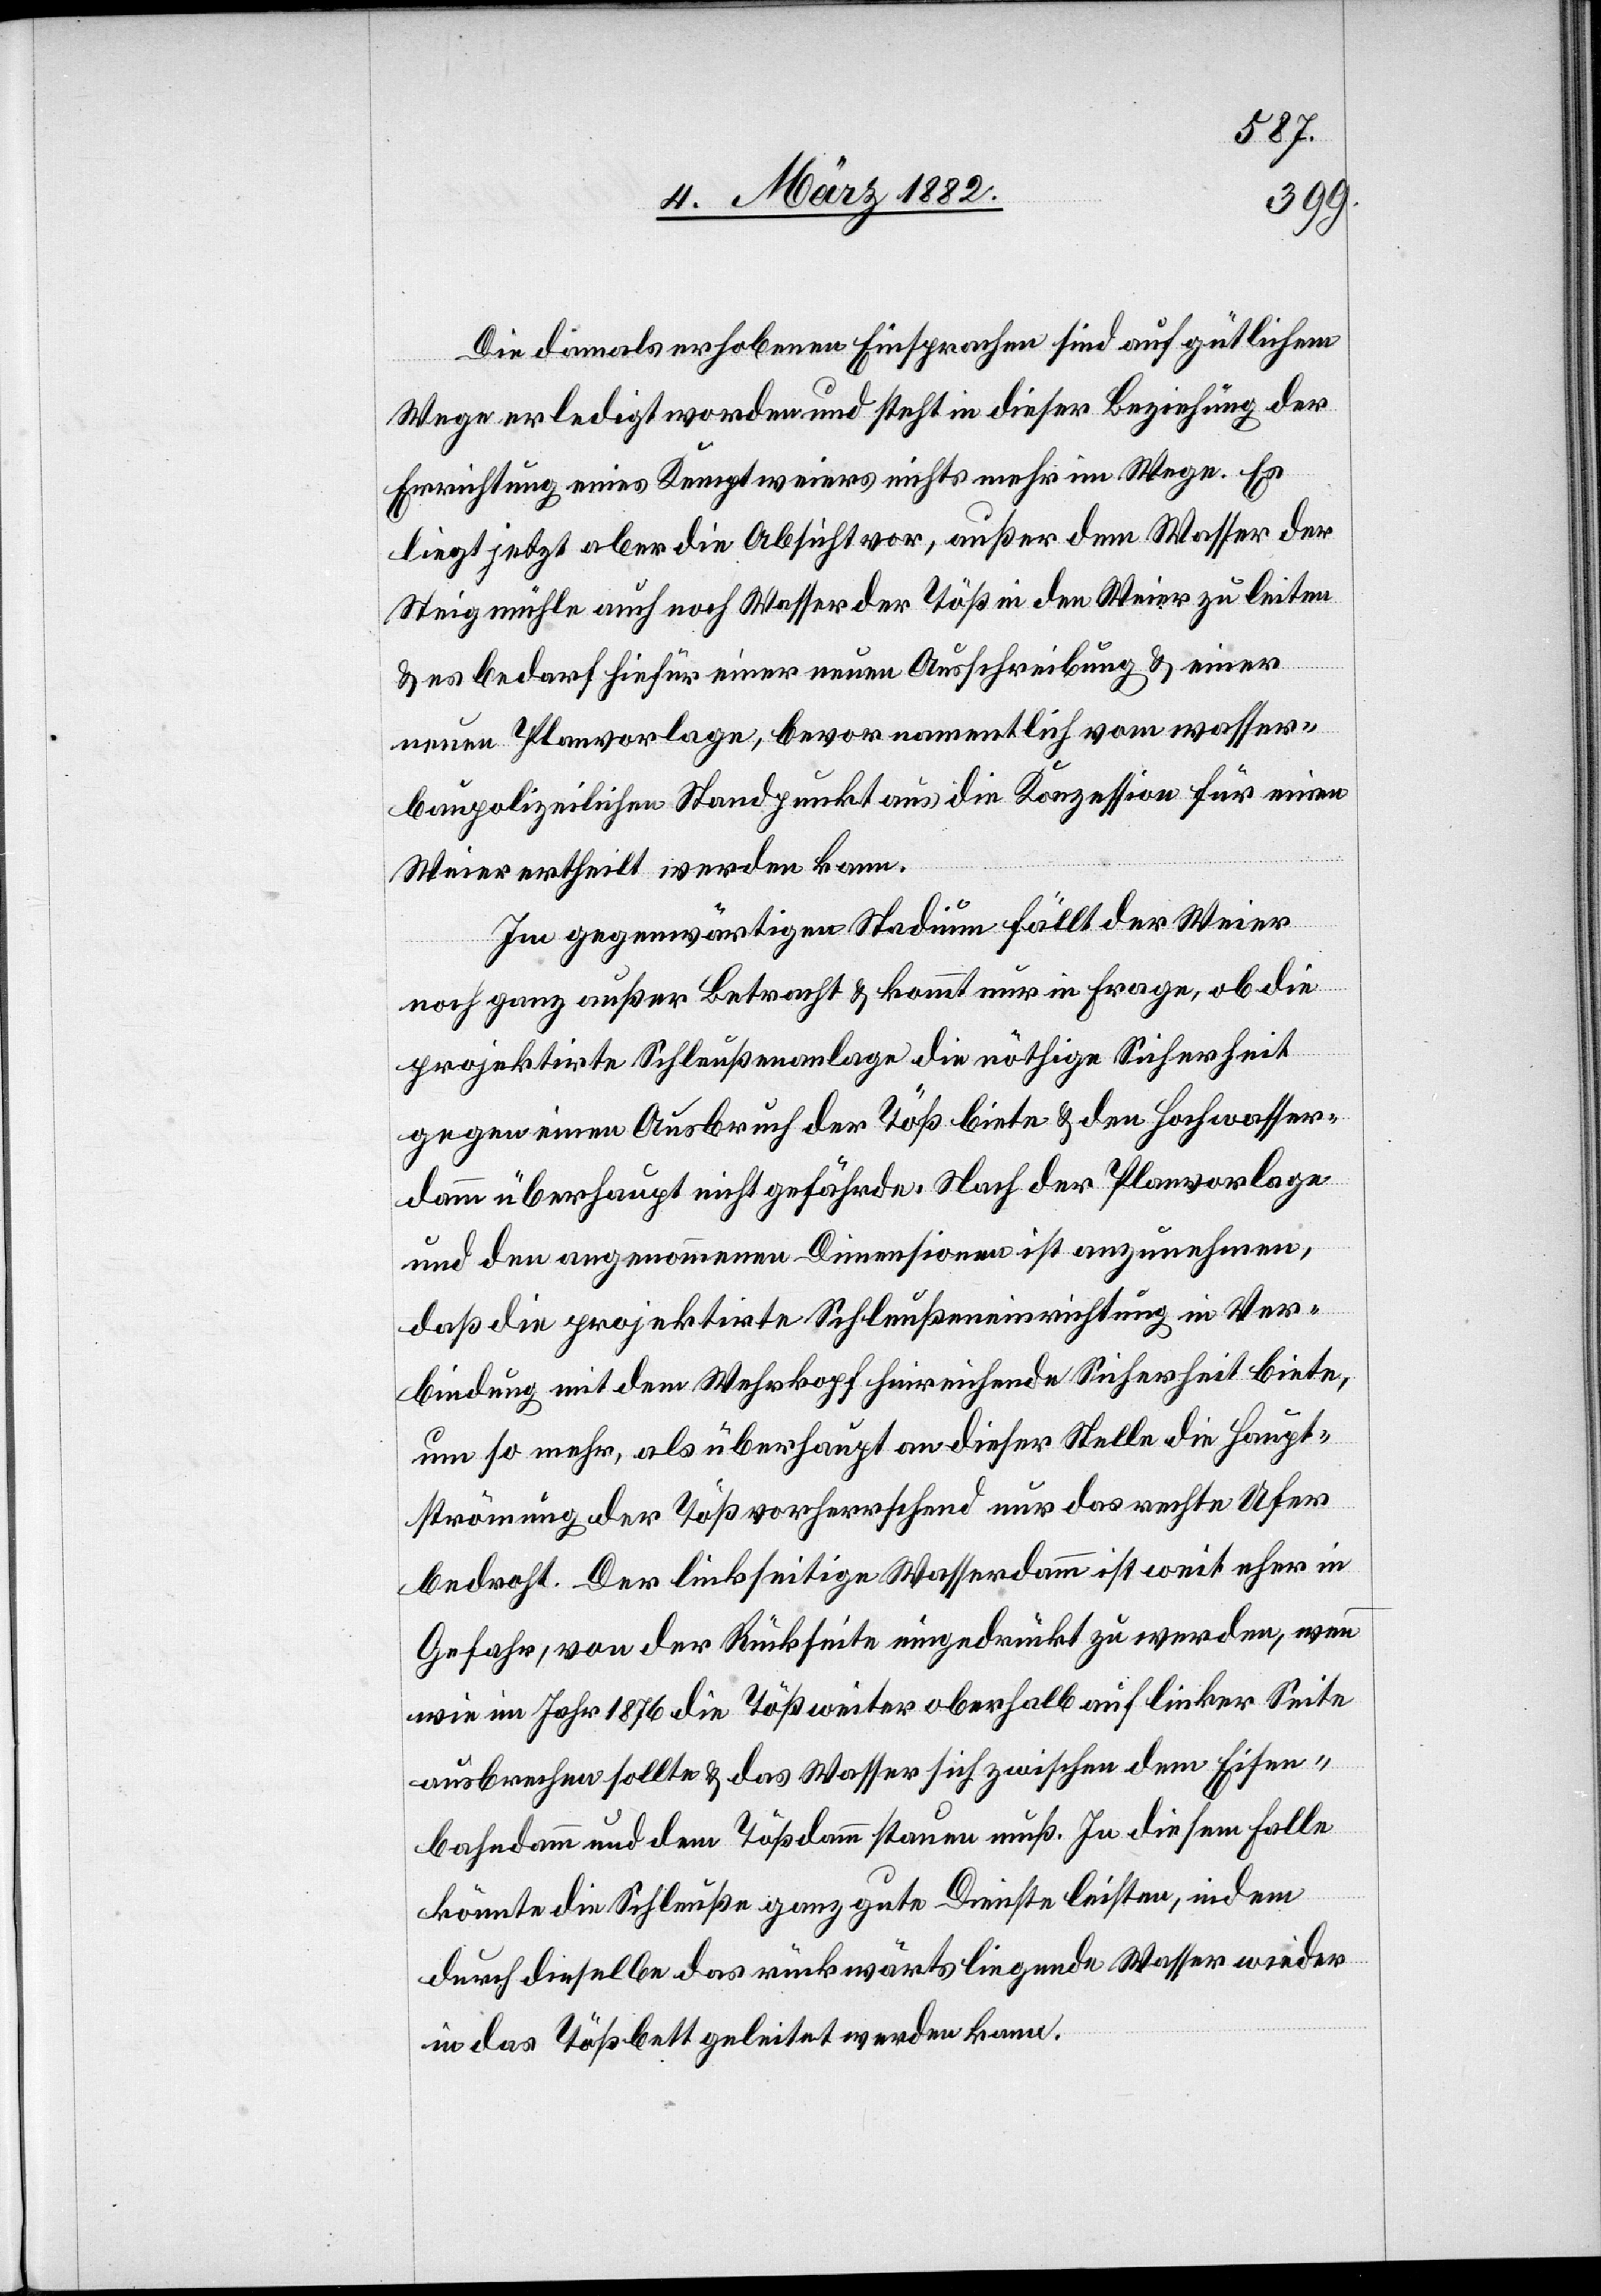
Die damals erhobenen Einsprachen sind auf gütlichem
Wege erledigt worden und steht in dieser Beziehung der
Errichtung eines Kemptweiers nichts mehr im Wege. Es
liegt jetzt aber die Absicht vor, außer dem Wasser der
Steigmühle auch noch Wasser der Töß in den Weier zu leiten
& es bedarf hiefür einer neuen Ausschreibung & einer
neuen Planvorlage, bevor namentlich vom wasser¬
baupolizeilichen Standpunkte aus die Konzession für einen
Weier ertheilt werden kann.
Im gegenwärtigen Stadium fällt der Weier
noch ganz außer Betracht & kommt nur in Frage, ob die
projektirte Schleußanlage die nöthige Sicherheit
gegen einen Ausbruch der Töß biete & den Hochwasser¬
damm überhaupt nicht gefährde. Nach der Planvorlage
und den angenommenen Dimensionen ist anzunehmen,
daß die projektirte Schleußeinrichtung in Ver¬
bindung mit dem Wehrkopf herrührende Sicherheit biete,
um so mehr, als überhaupt an dieser Stelle die Haupt¬
strömung der Töß vorherrschend nur das rechte Ufer
bedroht. Der linksseitige Wasserdamm ist weit eher in
Gefahr, von der Rückseite eingedrückt zu werden, wenn
wie im Jahr 1876 die Töß weiter oberhalb auf linker Seite
ausbrechen sollte & das Wasser sich zwischen dem Eisen¬
bahndamm und dem Tößdamm stauen muß. In diesem Falle
könnte die Schleuße ganz gute Dienste leisten, indem
durch dieselbe das rückwärtsliegende Wasser wieder
in das Tößbett geleitet werden kann.